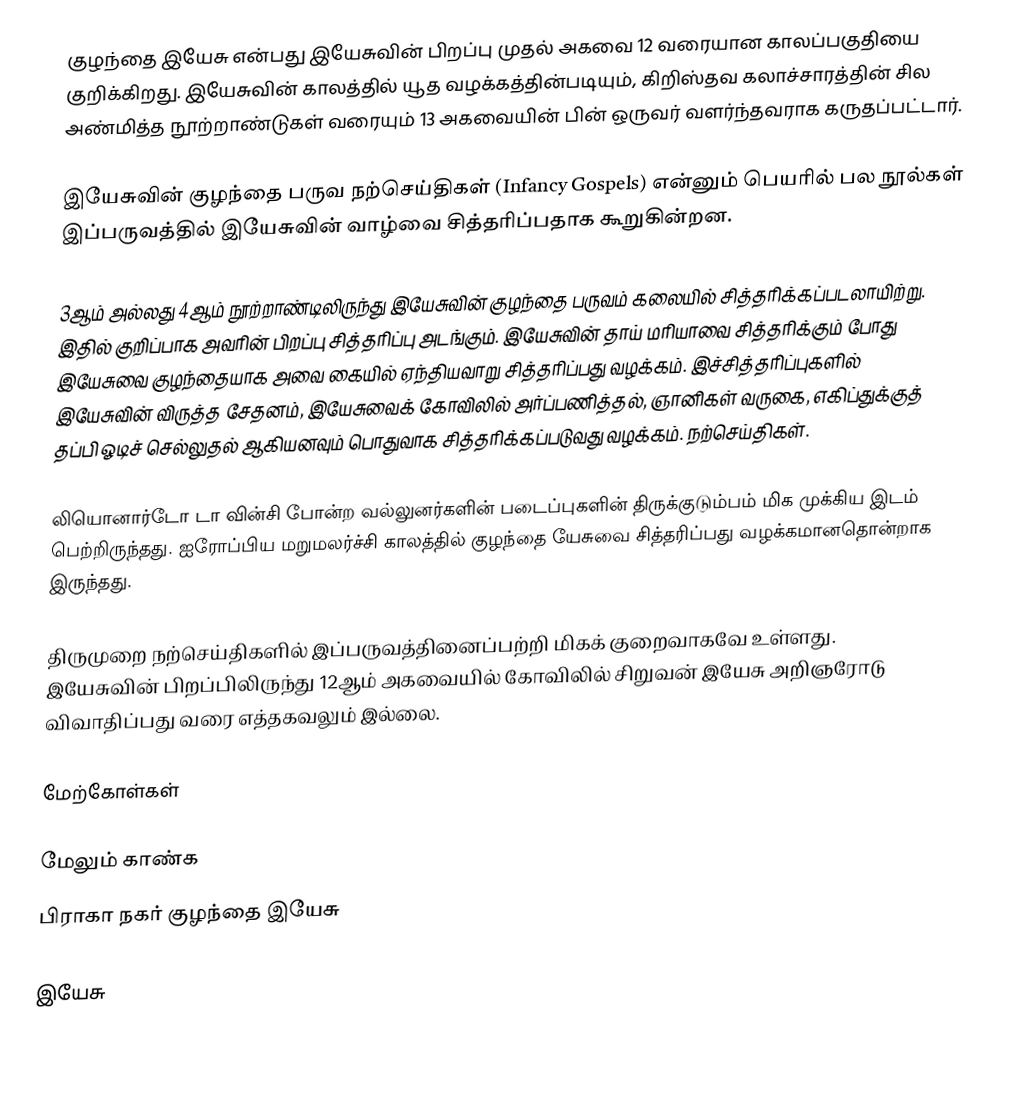
குழந்தை இயேசு என்பது இயேசுவின் பிறப்பு முதல் அகவை 12 வரையான காலப்பகுதியை குறிக்கிறது. இயேசுவின் காலத்தில் யூத வழக்கத்தின்படியும், கிறிஸ்தவ கலாச்சாரத்தின் சில அண்மித்த நூற்றாண்டுகள் வரையும் 13 அகவையின் பின் ஒருவர் வளர்ந்தவராக கருதப்பட்டார்.

இயேசுவின் குழந்தை பருவ நற்செய்திகள் (Infancy Gospels) என்னும் பெயரில் பல நூல்கள் இப்பருவத்தில் இயேசுவின் வாழ்வை சித்தரிப்பதாக கூறுகின்றன.

3ஆம் அல்லது 4ஆம் நூற்றாண்டிலிருந்து இயேசுவின் குழந்தை பருவம் கலையில் சித்தரிக்கப்படலாயிற்று. இதில் குறிப்பாக அவரின் பிறப்பு சித்தரிப்பு அடங்கும். இயேசுவின் தாய் மரியாவை சித்தரிக்கும் போது இயேசுவை குழந்தையாக அவை கையில் ஏந்தியவாறு சித்தரிப்பது வழக்கம். இச்சித்தரிப்புகளில் இயேசுவின் விருத்த சேதனம், இயேசுவைக் கோவிலில் அர்ப்பணித்தல், ஞானிகள் வருகை, எகிப்துக்குத் தப்பி ஓடிச் செல்லுதல் ஆகியனவும் பொதுவாக சித்தரிக்கப்படுவது வழக்கம். நற்செய்திகள்.

லியொனார்டோ டா வின்சி போன்ற வல்லுனர்களின் படைப்புகளின் திருக்குடும்பம் மிக முக்கிய இடம் பெற்றிருந்தது. ஐரோப்பிய மறுமலர்ச்சி காலத்தில் குழந்தை யேசுவை சித்தரிப்பது வழக்கமானதொன்றாக இருந்தது.

திருமுறை நற்செய்திகளில் இப்பருவத்தினைப்பற்றி மிகக் குறைவாகவே உள்ளது. இயேசுவின் பிறப்பிலிருந்து 12ஆம் அகவையில் கோவிலில் சிறுவன் இயேசு அறிஞரோடு விவாதிப்பது வரை எத்தகவலும் இல்லை.

மேற்கோள்கள்

மேலும் காண்க
 பிராகா நகர் குழந்தை இயேசு

இயேசு